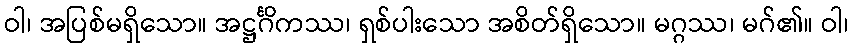
ဝါ၊ အပြစ်မရှိသော။ အဋ္ဌင်္ဂိကဿ၊ ရှစ်ပါးသော အစိတ်ရှိသော။ မဂ္ဂဿ၊ မဂ်၏။ ဝါ၊